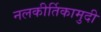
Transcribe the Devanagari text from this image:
नलकीर्तिकामुदी